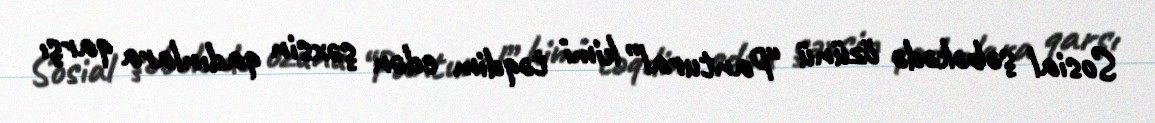
Sosial şəbəkədə özünü “Pantural” kimi təqdim edən şəxsin qadınlara qarşı